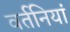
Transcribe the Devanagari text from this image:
वर्तनियां